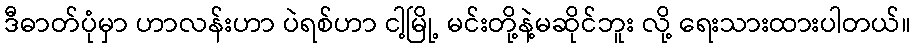
ဒီဓာတ်ပုံမှာ ဟာလန်းဟာ ပဲရစ်ဟာ ငါ့မြို့ မင်းတို့နဲ့မဆိုင်ဘူး လို့ ရေးသားထားပါတယ်။